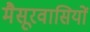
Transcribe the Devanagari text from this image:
मैसूरवासियों